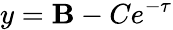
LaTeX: y=\mathbf{B}-Ce^{-\tau}